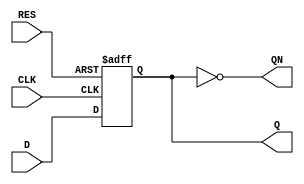
module DFFR_21B(D, CLK, RES, Q, QN);

	 parameter BW = 21;

	 input  signed[BW-1:0] D;
	 input CLK, RES;
	 output  signed[BW-1:0] QN,Q;
	 reg  signed[BW-1:0] Q;

	 always @(posedge CLK or posedge RES) begin
		if( RES == 1'b1)
			Q <= 0;
		else
			Q <= D;
	 end
	 
	 assign QN = ~Q;
	 
endmodule